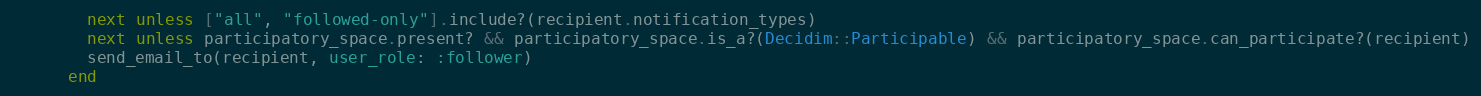
Language: Ruby
        next unless ["all", "followed-only"].include?(recipient.notification_types)
        next unless participatory_space.present? && participatory_space.is_a?(Decidim::Participable) && participatory_space.can_participate?(recipient)
        send_email_to(recipient, user_role: :follower)
      end